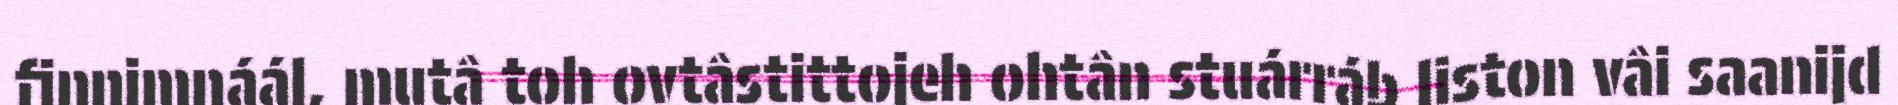
finnimnáál, mutâ toh ovtâstittojeh ohtân stuárráb liston vâi saanijd